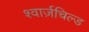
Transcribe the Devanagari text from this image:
श्वार्ज़चिल्ड